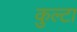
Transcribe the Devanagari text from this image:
कुल्टा